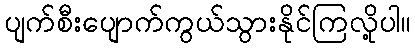
ပျက်စီးပျောက်ကွယ်သွားနိုင်ကြလို့ပါ။